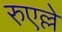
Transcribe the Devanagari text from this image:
रुएल्ले